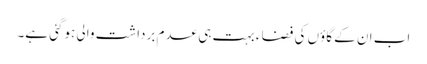
اب ان کے گاؤں کی فضا ء بہت ہی عدم برداشت والی ہوگئی ہے۔